Leprosy in India: report of the Leprosy Commission in India, 1890-91
Year: 1890
Disease focus: Leprosy
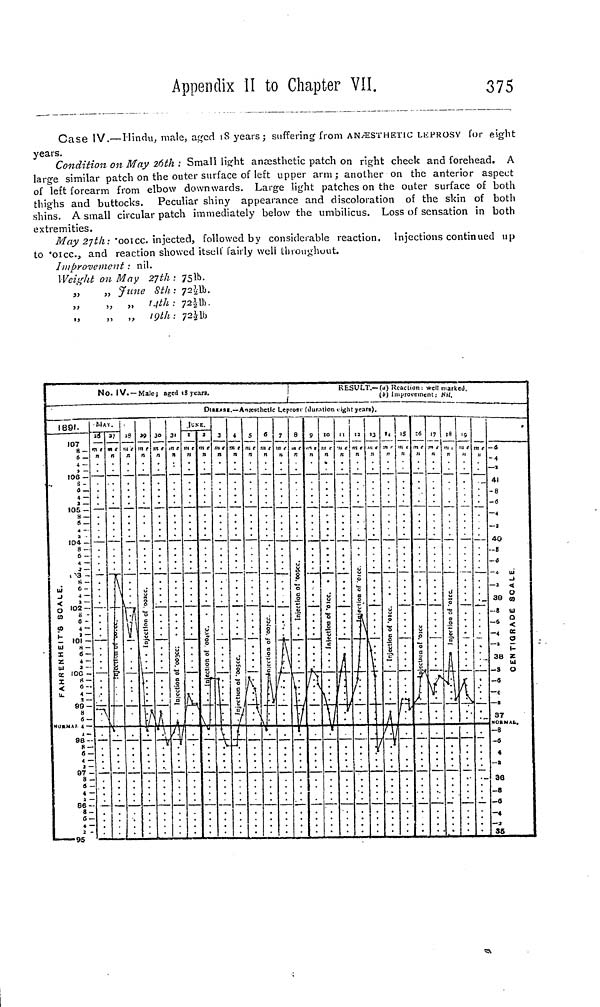
Appendix II to Chapter VII.
375
Case IV.—Hindu, male, aged 18 years; suffering from ANÆSTHEHC LEPROSY for eight
years.
Condition on May 26th : Small light anaesthetic patch on right cheek and forehead. A
large similar patch on the outer surface of left upper arm; another on the anterior aspect
of left forearm from elbow downwards. Large light patches on the outer surface of both
thighs and buttocks. Peculiar shiny appearance and discoloration of the skin of both
shins. A small circular patch immediately below the umbilicus. Loss of sensation in both
extremities.
May 27th: '001cc. injected, followed by considerable reaction. Injections continued up
to '01cc, and reaction showed itself fairly well throughout.
Improvement : nil.
Weight on May 27th : 751b.
„
„ June 8th : 721/2lb.
„
,,
14th
: 72 ¿41).
„
,, ,, 19th : 721/2lb